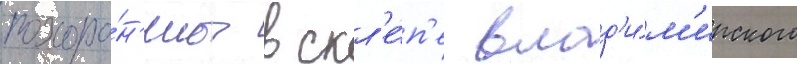
похоро́н'ены в скл'е́п'е влад'и́м'ирского